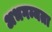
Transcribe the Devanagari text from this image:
अभगम्यता